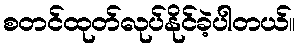
စတင်ထုတ်လုပ်နိုင်ခဲ့ပါတယ်။